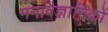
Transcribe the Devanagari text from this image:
मनावैज्ञानिकों